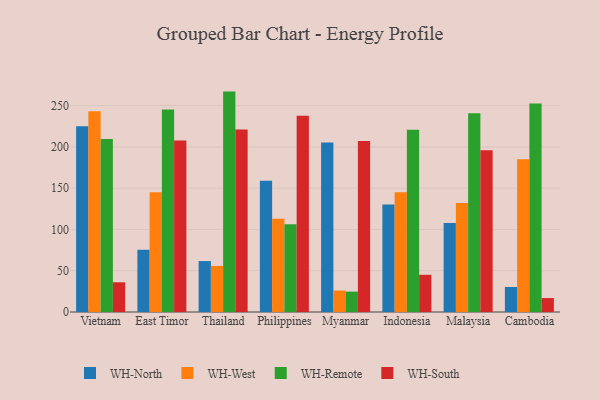
{"axis": {"x": "Country", "y": "Active Users"}, "legend": ["WH-North", "WH-Remote", "WH-South", "WH-West"], "data": [{"x": "Vietnam", "y": 224.9, "type": "WH-North"}, {"x": "Vietnam", "y": 243.2, "type": "WH-West"}, {"x": "Vietnam", "y": 209.7, "type": "WH-Remote"}, {"x": "Vietnam", "y": 36.0, "type": "WH-South"}, {"x": "East Timor", "y": 75.4, "type": "WH-North"}, {"x": "East Timor", "y": 145.1, "type": "WH-West"}, {"x": "East Timor", "y": 245.3, "type": "WH-Remote"}, {"x": "East Timor", "y": 207.9, "type": "WH-South"}, {"x": "Thailand", "y": 61.7, "type": "WH-North"}, {"x": "Thailand", "y": 55.8, "type": "WH-West"}, {"x": "Thailand", "y": 267.0, "type": "WH-Remote"}, {"x": "Thailand", "y": 221.2, "type": "WH-South"}, {"x": "Philippines", "y": 159.0, "type": "WH-North"}, {"x": "Philippines", "y": 113.1, "type": "WH-West"}, {"x": "Philippines", "y": 106.2, "type": "WH-Remote"}, {"x": "Philippines", "y": 237.8, "type": "WH-South"}, {"x": "Myanmar", "y": 205.2, "type": "WH-North"}, {"x": "Myanmar", "y": 26.0, "type": "WH-West"}, {"x": "Myanmar", "y": 24.7, "type": "WH-Remote"}, {"x": "Myanmar", "y": 207.2, "type": "WH-South"}, {"x": "Indonesia", "y": 130.3, "type": "WH-North"}, {"x": "Indonesia", "y": 145.1, "type": "WH-West"}, {"x": "Indonesia", "y": 220.8, "type": "WH-Remote"}, {"x": "Indonesia", "y": 45.1, "type": "WH-South"}, {"x": "Malaysia", "y": 107.9, "type": "WH-North"}, {"x": "Malaysia", "y": 132.0, "type": "WH-West"}, {"x": "Malaysia", "y": 240.7, "type": "WH-Remote"}, {"x": "Malaysia", "y": 195.9, "type": "WH-South"}, {"x": "Cambodia", "y": 30.3, "type": "WH-North"}, {"x": "Cambodia", "y": 185.0, "type": "WH-West"}, {"x": "Cambodia", "y": 252.7, "type": "WH-Remote"}, {"x": "Cambodia", "y": 16.9, "type": "WH-South"}]}